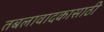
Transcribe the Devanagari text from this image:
तबलावादकासाठी